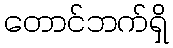
တောင်ဘက်ရှိ